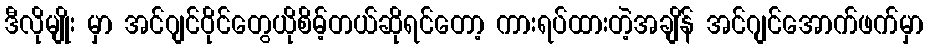
ဒီလိုမျိုး မှာ အင်ဂျင်ဝိုင်တွေယိုစိမ့်တယ်ဆိုရင်တော့ ကားရပ်ထားတဲ့အချိန် အင်ဂျင်အောက်ဖက်မှာ